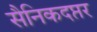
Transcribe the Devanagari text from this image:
सैनिकदप्तर